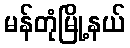
မန်တုံမြို့နယ်